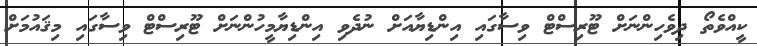
ކީއްވެތޯ ދިވެހިންނަށް ޓޫރިސްޓް ވިސާގައި އިންޑިޔާއަށް ނުދެވި އިންޑިޔާމީހުންނަށް ޓޫރިސްޓް ވިސާގައި މިޤައުމަށް